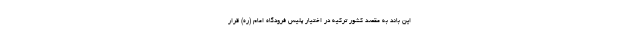
این باند به مقصد کشور ترکیه در اختیار پلیس فرودگاه امام (ره) قرار